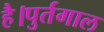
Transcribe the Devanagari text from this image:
है।पुर्तगाल